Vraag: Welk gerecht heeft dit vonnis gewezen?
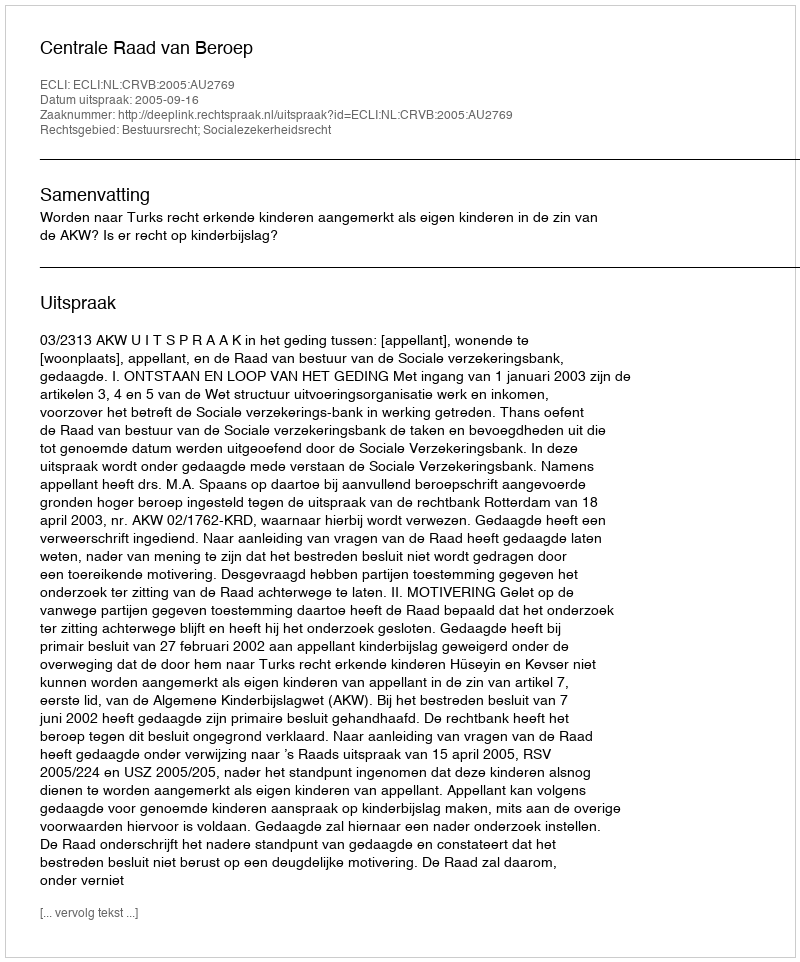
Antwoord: Centrale Raad van Beroep